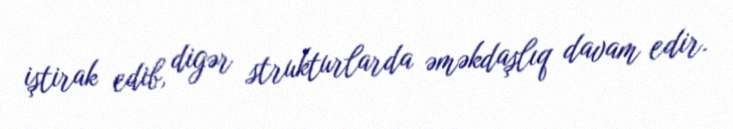
iştirak edib, digər strukturlarda əməkdaşlıq davam edir.